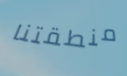
منطقتنا